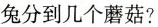
兔分到几个蘑菇?